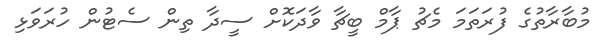
މުބާރާތުގެ ފުރަތަމަ މެޗު ޕާމް ބީޗާ ވާދަކޮށް ސީދާ ތިން ސެޓުން ހުރަވަޅި